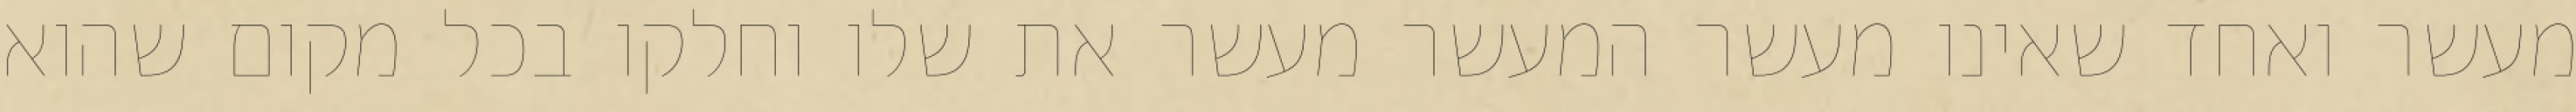
מעשר ואחד שאינו מעשר המעשר מעשר את שלו וחלקו בכל מקום שהוא